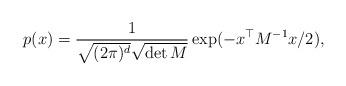
LaTeX: \begin{align*}p(x) = \frac{1}{\sqrt{(2 \pi)^d} \sqrt{\det M}} \exp(-x^\top M^{-1} x /2),\end{align*}